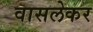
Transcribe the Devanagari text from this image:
वासलेकर